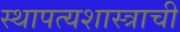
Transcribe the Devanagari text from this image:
स्थापत्यशास्त्राची